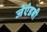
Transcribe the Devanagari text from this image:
जेएंडबी